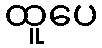
ထူပေ